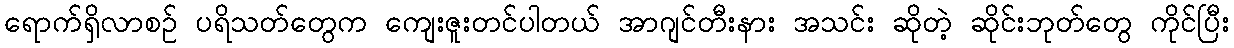
ရောက်ရှိလာစဉ် ပရိသတ်တွေက ကျေးဇူးတင်ပါတယ် အာဂျင်တီးနား အသင်း ဆိုတဲ့ ဆိုင်းဘုတ်တွေ ကိုင်ပြီး